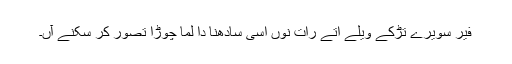
فیر سویرے تڑکے ویلے اتے رات نوں اسی سادھنا دا لما چوڑا تصور کر سکنے آں۔